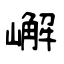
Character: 嶰